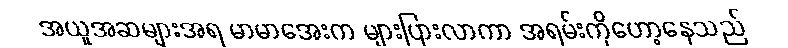
အယူအဆများအရ မာမာအေးက များပြားလာကာ အရမ်းကိုဟော့နေသည်